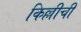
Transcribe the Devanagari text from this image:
किल्लीची